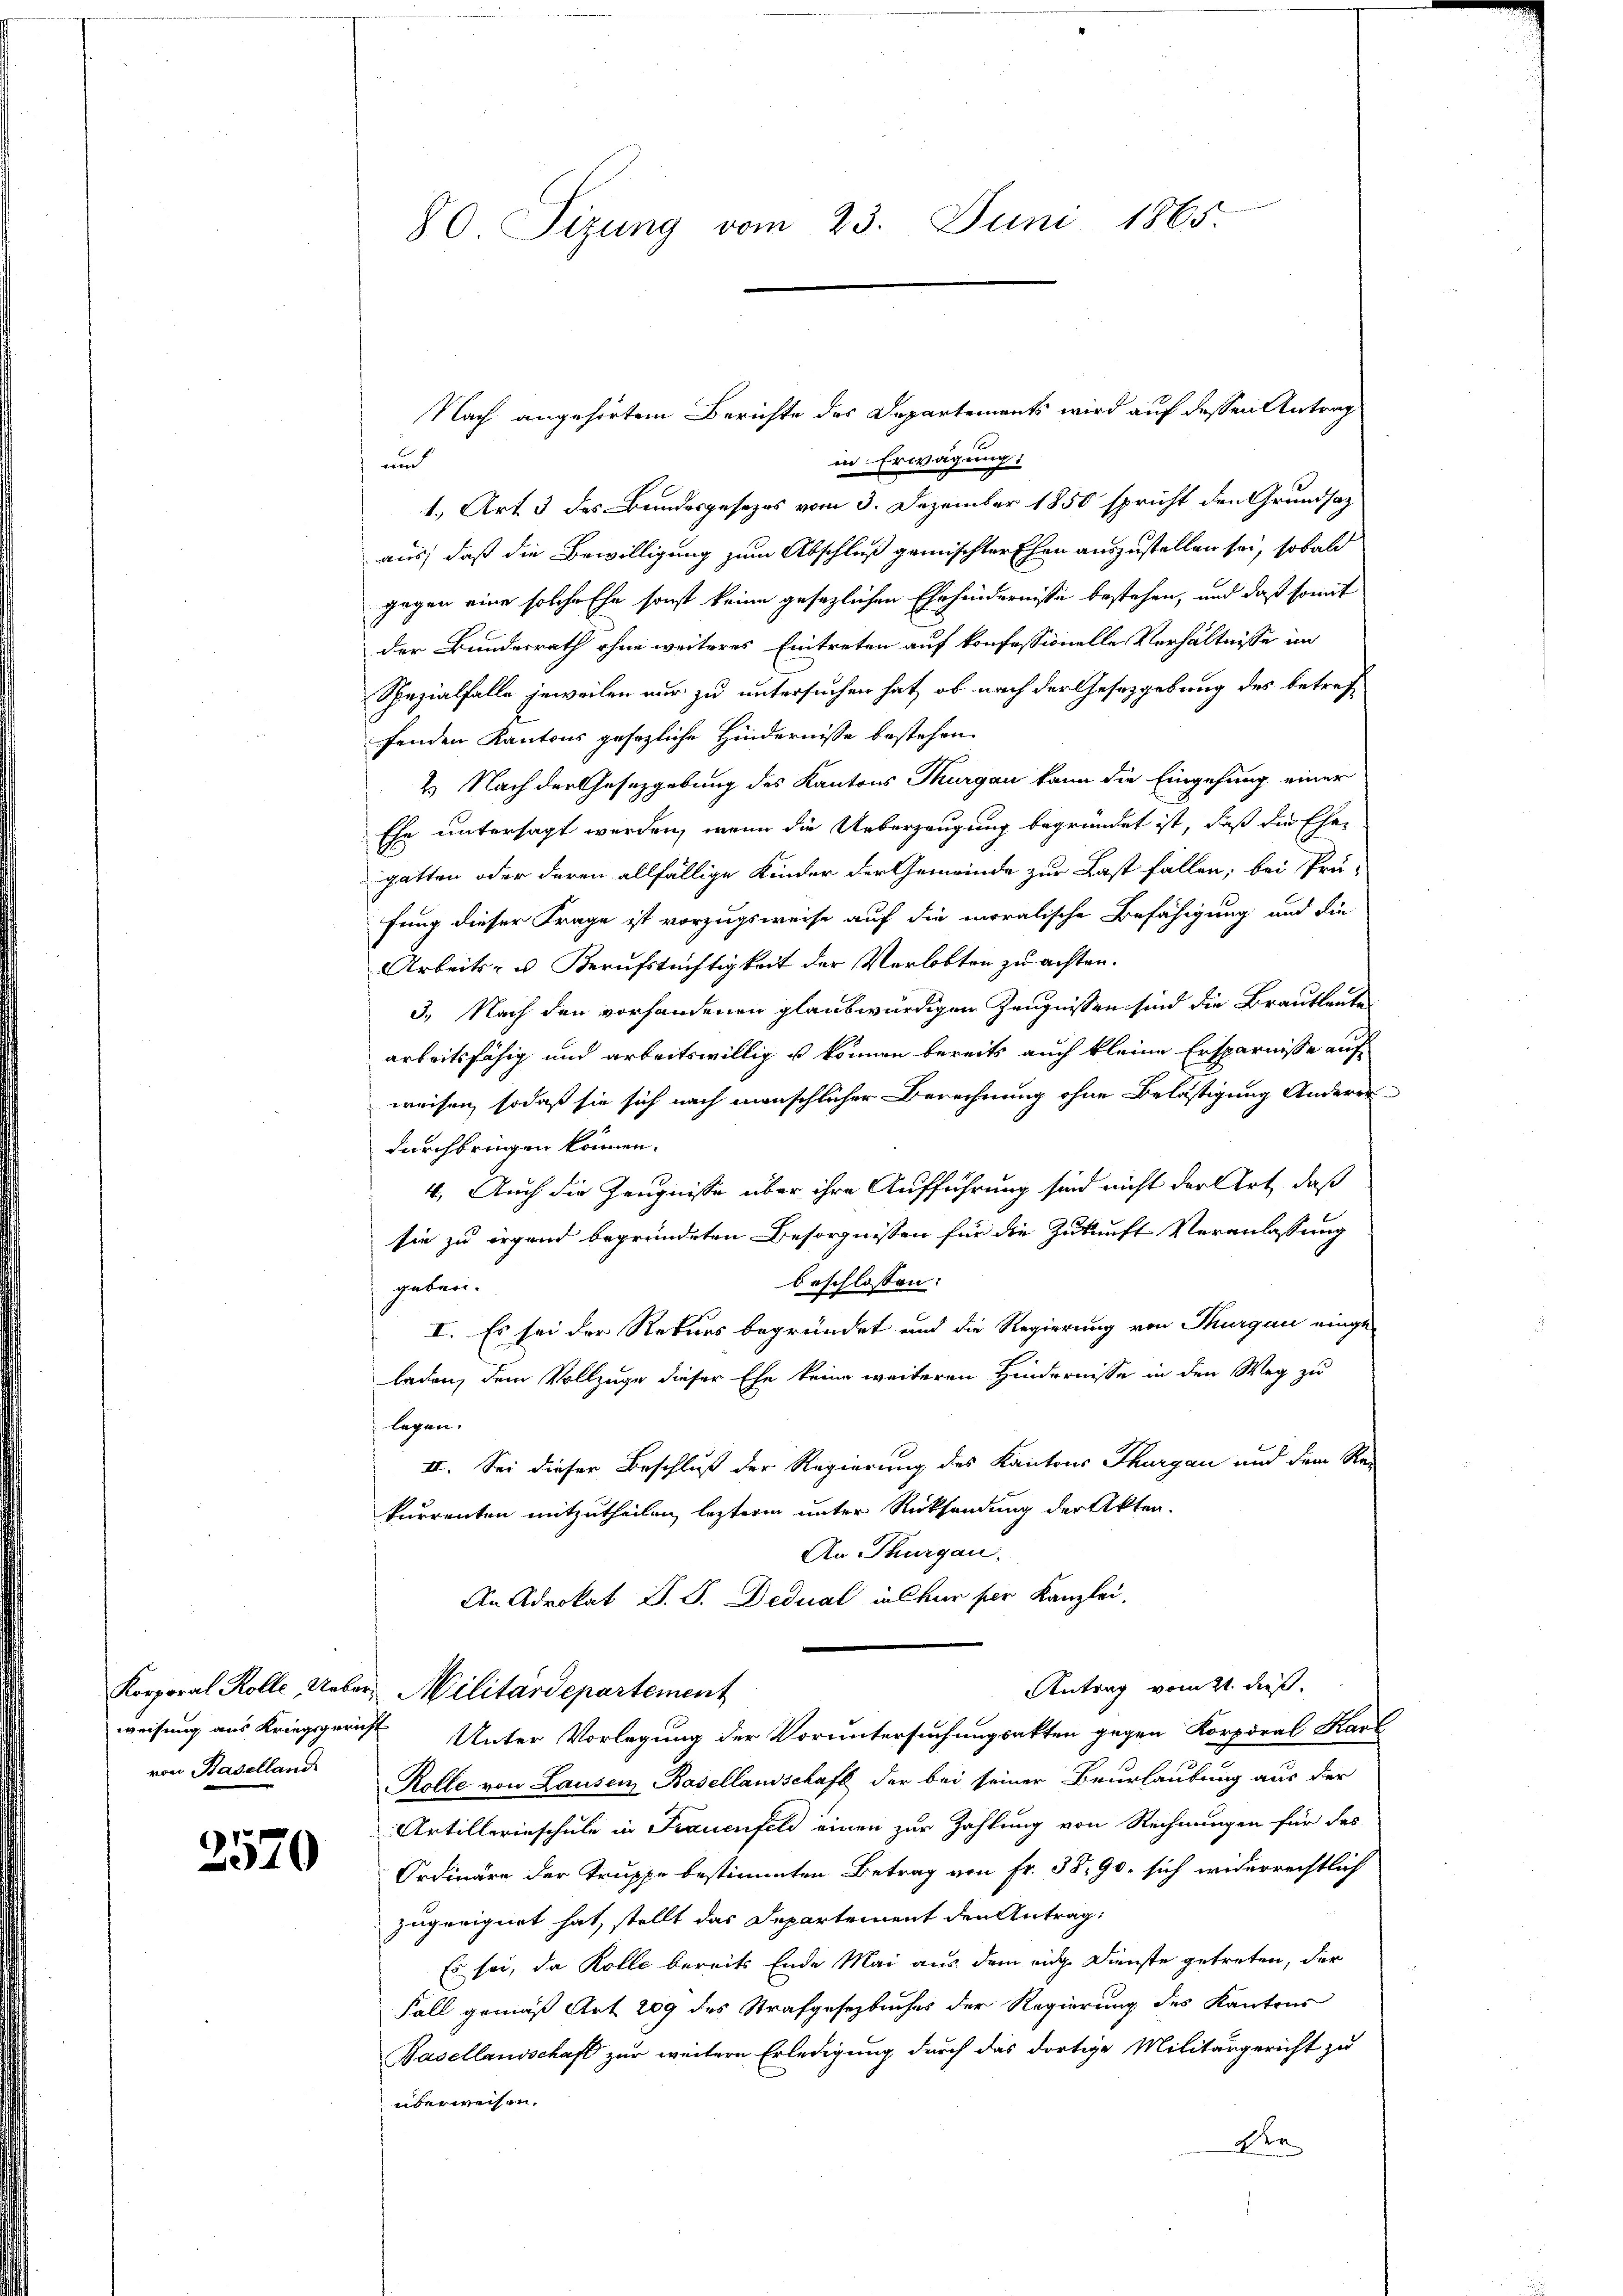
von Baselland

3570

80. Sizung vom 23. Juni 1865.

Nach angehörtem Berichte des Departements wird auf dessen Antrag
in Erwägung:
unt
1., Art 3 des Bundesgesezes vom 3. Dezember 1850 spricht den Grundsaz
aus, daß die Bewilligung zum Abschluß gemischter Ehen auszustellen sei, sobald
gegen eine solche Ehe sonst keine gesezlichen Ehehindernisse bestehen, und daß somit
der Bundesrath ohne weiteres Eintreten auf konfessionelle Verhältnisse im
Spezialfalle jeweilen nur zu untersuchen hat, ob nach der Gesetzgebung des betreffenden Kantons gesezliche Hindernisse bestehen.
2. Nach der Gesetzgebung des Kantons Thurgau kann die Eingehung einer
Ehe untersagt werden, wenn die Ueberzeugung begründet ist, daß die Ehe-
gatten oder deren allfällige Kinder der Gemeinde zur Last fällen, bei Prü-
fung dieser Frage ist vorzugsweise auf die moralische Befähigung und die
Arbeits- u. Berufstüchtigkeit der Verlobten zu achten. |
3.) Nach den vorhandenen glaubwürdigen Zeugnissen sind die Brautleute
arbeitsfähig und arbeitswillig u können bereits auch kleine Ersparnisse auf
weisen, sodaß sie sich nach menschlicher Berechnung ohne Belästigung Anderer
durchbringen können.
4. Auch die Zeugnisse über ihre Aufführung sind nicht der Art, daß
sie zu irgend begründeten Besorgnissen für die Zukunft Veranlassung
beschlossen:
geben.
I. Es sei der Rekurs begründet und die Regierung von Thurgau eingeladen, dem Vollzuge dieser Ehe keine weiteren Hindernisse in den Weg zu
legen.
II. Sei dieser Beschluß der Regierung des Kantons Thurgau und dem Re-
kurrenten mitzutheilen, lezterm unter Rücksendung der Akten.
An Thurgau.
An Advokat P. J. Dedual in Chur per Kanzlei,
Antrag vom 21. dieß.
Korporal Rolle, Ueber Militärdepartement
weisung aus Kriegsgericht Unter Vorlegung der Voruntersuchungsakten gegen Korporal Kart
Rolle von Lausen Basellandschaft der bei seiner Beurlaubung aus der
Artillerinschule in Frauenfeld einen zur Zahlung von Rechnungen für das
Ordinäre der Truppe bestimmten Betrag von Fr. 38, 90, sich widerrechtlich
zugeeignet hat, stellt das Departement den Antrag:
Es sei, da Kolle bereits Ende Mai aus dem eine Dienste getreten, der
Fall gemäß Art 209 des Strafgesetzbuches der Regierung des Kantons
Basellandschaft zur weitere Erledigung durch das dortige Militärgericht zu
überweisen.
der